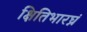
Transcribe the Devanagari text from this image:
क्षितिभारघ्नं